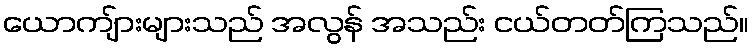
ယောကျ်ားများသည် အလွန် အသည်း ငယ်တတ်ကြသည်။